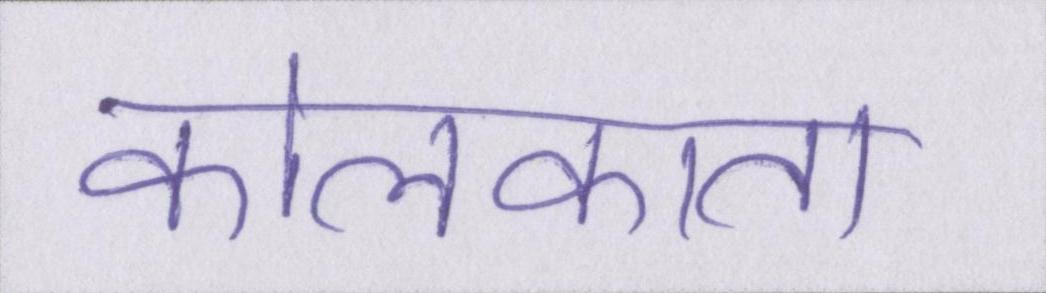
कोलकाता